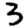
Digit: 3